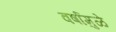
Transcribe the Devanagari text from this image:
वर्षामुळे